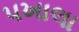
પખાલા